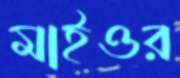
মাইওর